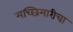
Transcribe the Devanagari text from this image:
मच्छिमारीचा